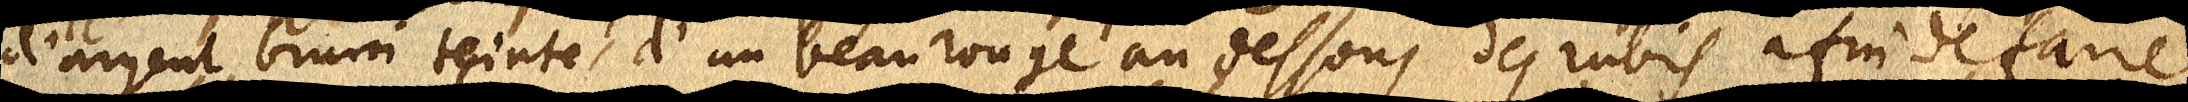
d’argent bruni teintes d’un beau rouge au dessous des rubis afin de faire